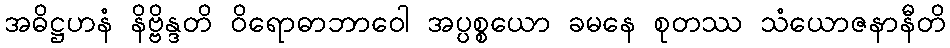
အဓိဋ္ဌဟနံ နိဗ္ဗိန္ဒတိ ဝိရောဓာဘာဝေါ အပ္ပစ္စယော ခမနေ စုတဿ သံယောဇနာနီတိ